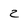
Character: 2